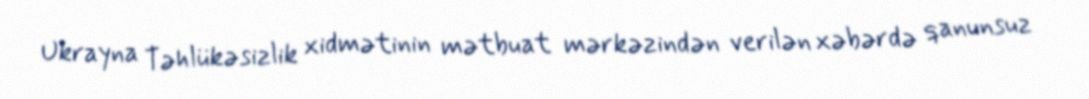
Ukrayna Təhlükəsizlik xidmətinin mətbuat mərkəzindən verilən xəbərdə qanunsuz